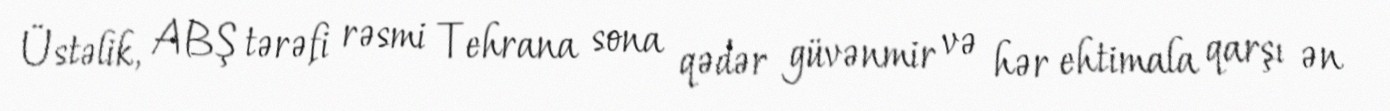
Üstəlik, ABŞ tərəfi rəsmi Tehrana sona qədər güvənmir və hər ehtimala qarşı ən